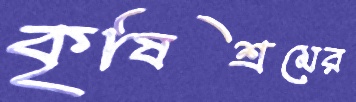
কৃষিশ্রমের